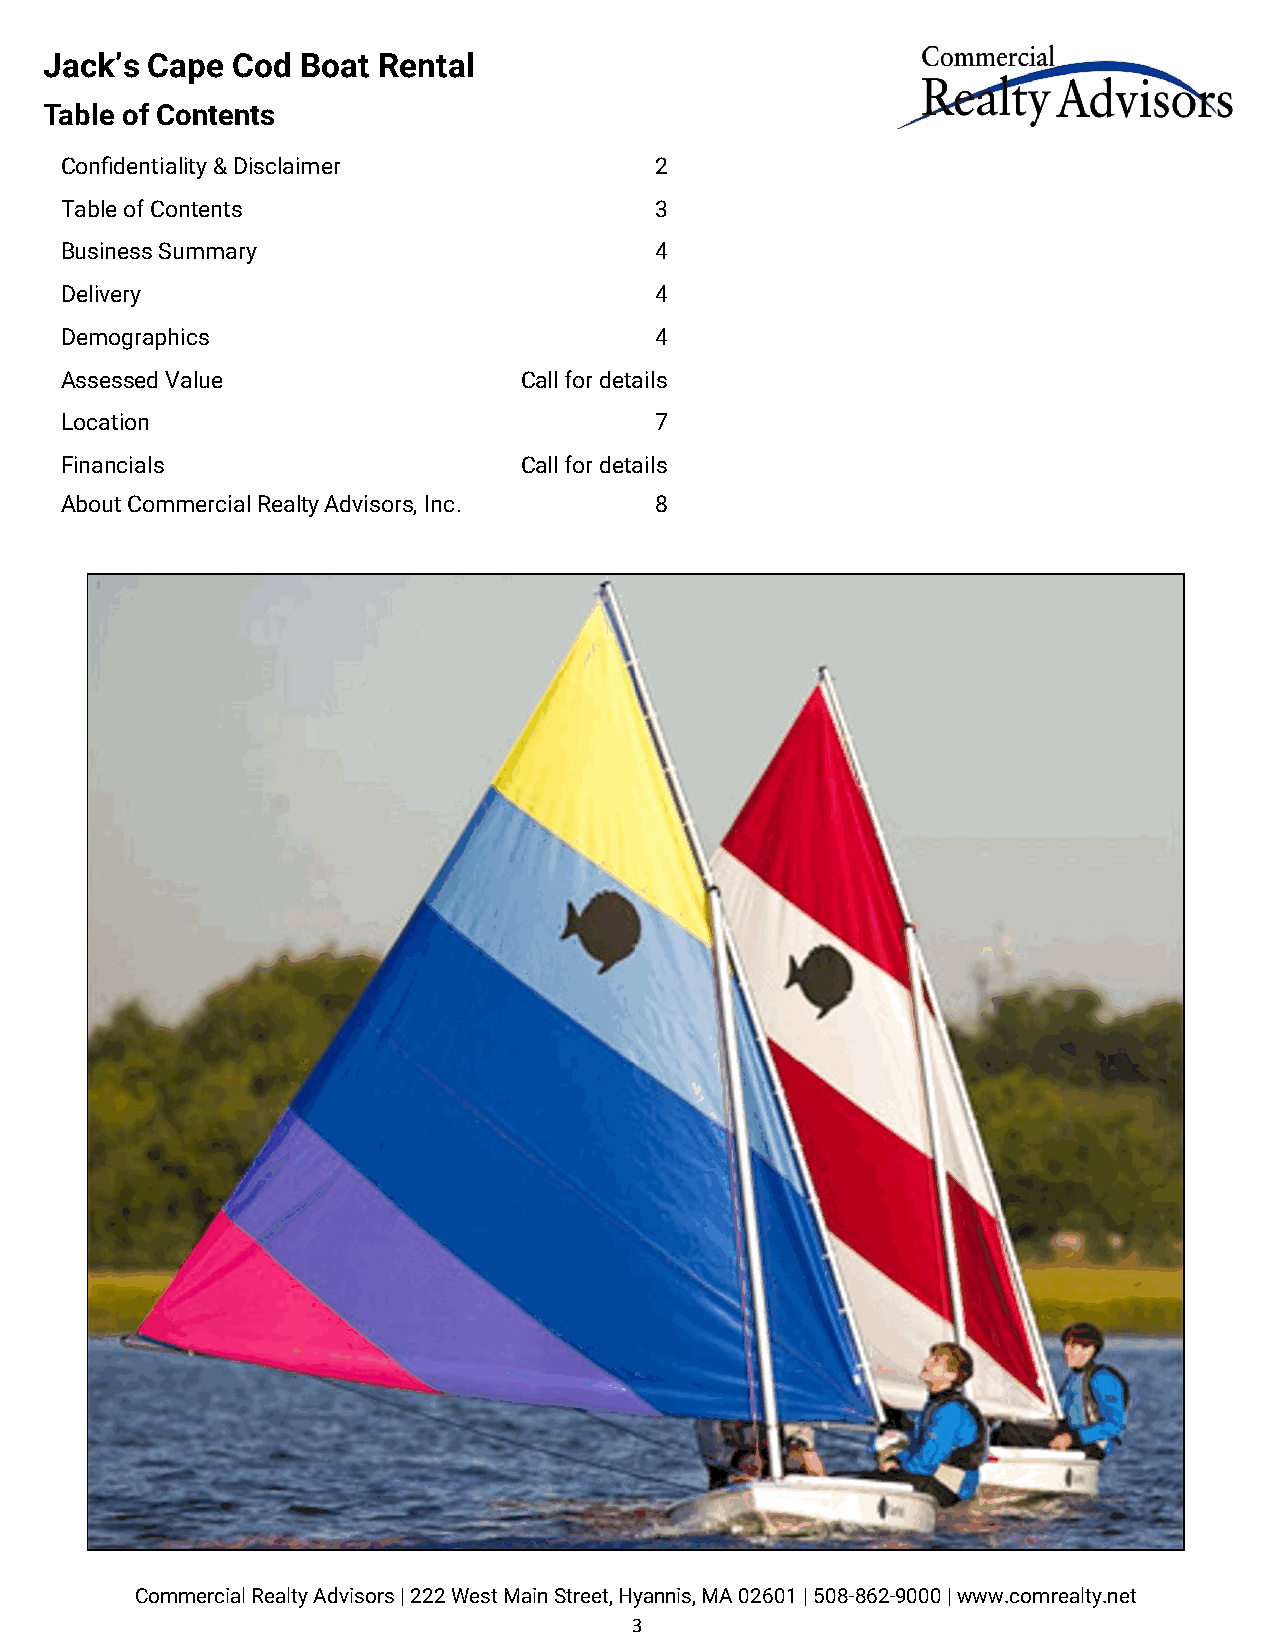
Jack’s Cape Cod  Boat Rental
 Table of Contents
 Confidentiality & Disclaimer           2
 Table of Contents                      3
 Business Summary                       4
 Delivery                               4
 Demographics                           4
 Assessed Value                Call for details
 Location                               7
 Financials                    Call for details
 About Commercial Realty Advisors, Inc. 8
 Commercial Realty Advisors | 222 West Main Street, Hyannis, MA 02601 | 508-862-9000 | www.comrealty.net
 3